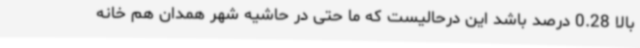
بالا 0.28 درصد باشد این درحالیست که ما حتی در حاشیه شهر همدان هم خانه